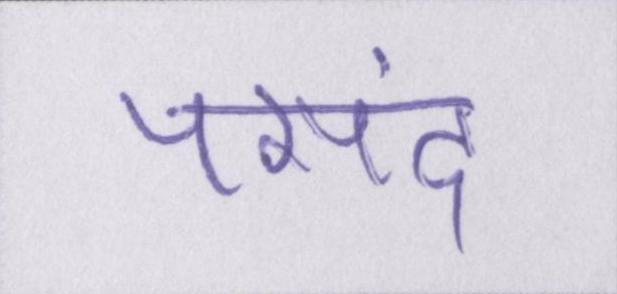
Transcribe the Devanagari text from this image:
पसंद